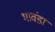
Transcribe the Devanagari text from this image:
भावंडा